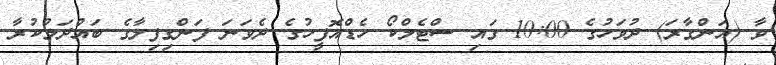
ވާ (އަންގާރަ) ދުވަހުގެ 10:00 ގައި ސްޓެލްކޯ ހެޑްއޮފީހުގެ ދެވަނަ ފަންގިފިލާގެ ބައްދަލުކުރާ